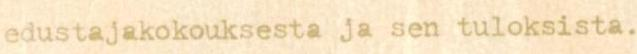
edustajakokouksesta ja sen tuloksista.